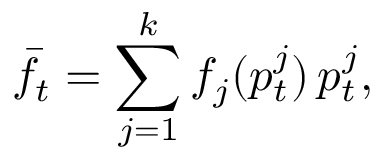
\bar { f } _ { t } = \sum _ { j = 1 } ^ { k } f _ { j } ( p _ { t } ^ { j } ) \, p _ { t } ^ { j } ,